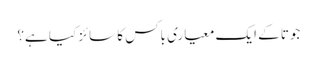
جوتا کے ایک معیاری باکس کا سائز کیا ہے؟